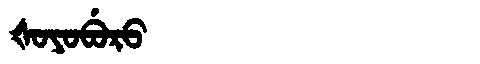
Manchu: ᡧᠣᠶᠣᠪᡠᡵᠣ
Romanization: ŠOYOBURO